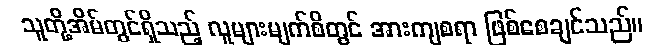
သူတို့အိမ်တွင်ရှိသည့် လူများမျက်စိတွင် အားကျစရာ ဖြစ်စေချင်သည်။